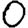
Digit: 0